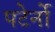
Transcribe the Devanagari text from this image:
पटेर्नो